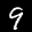
Label: 9